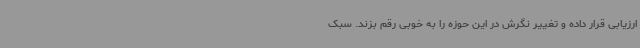
ارزیابی قرار داده و تغییر نگرش در این حوزه را به خوبی رقم بزند. سبک